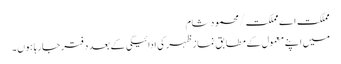
مملکت اے مملکت/محمود شام
میں اپنے معمول کے مطابق نماز ظہر کی ادائیگی کے بعد دفتر جارہا ہوں۔